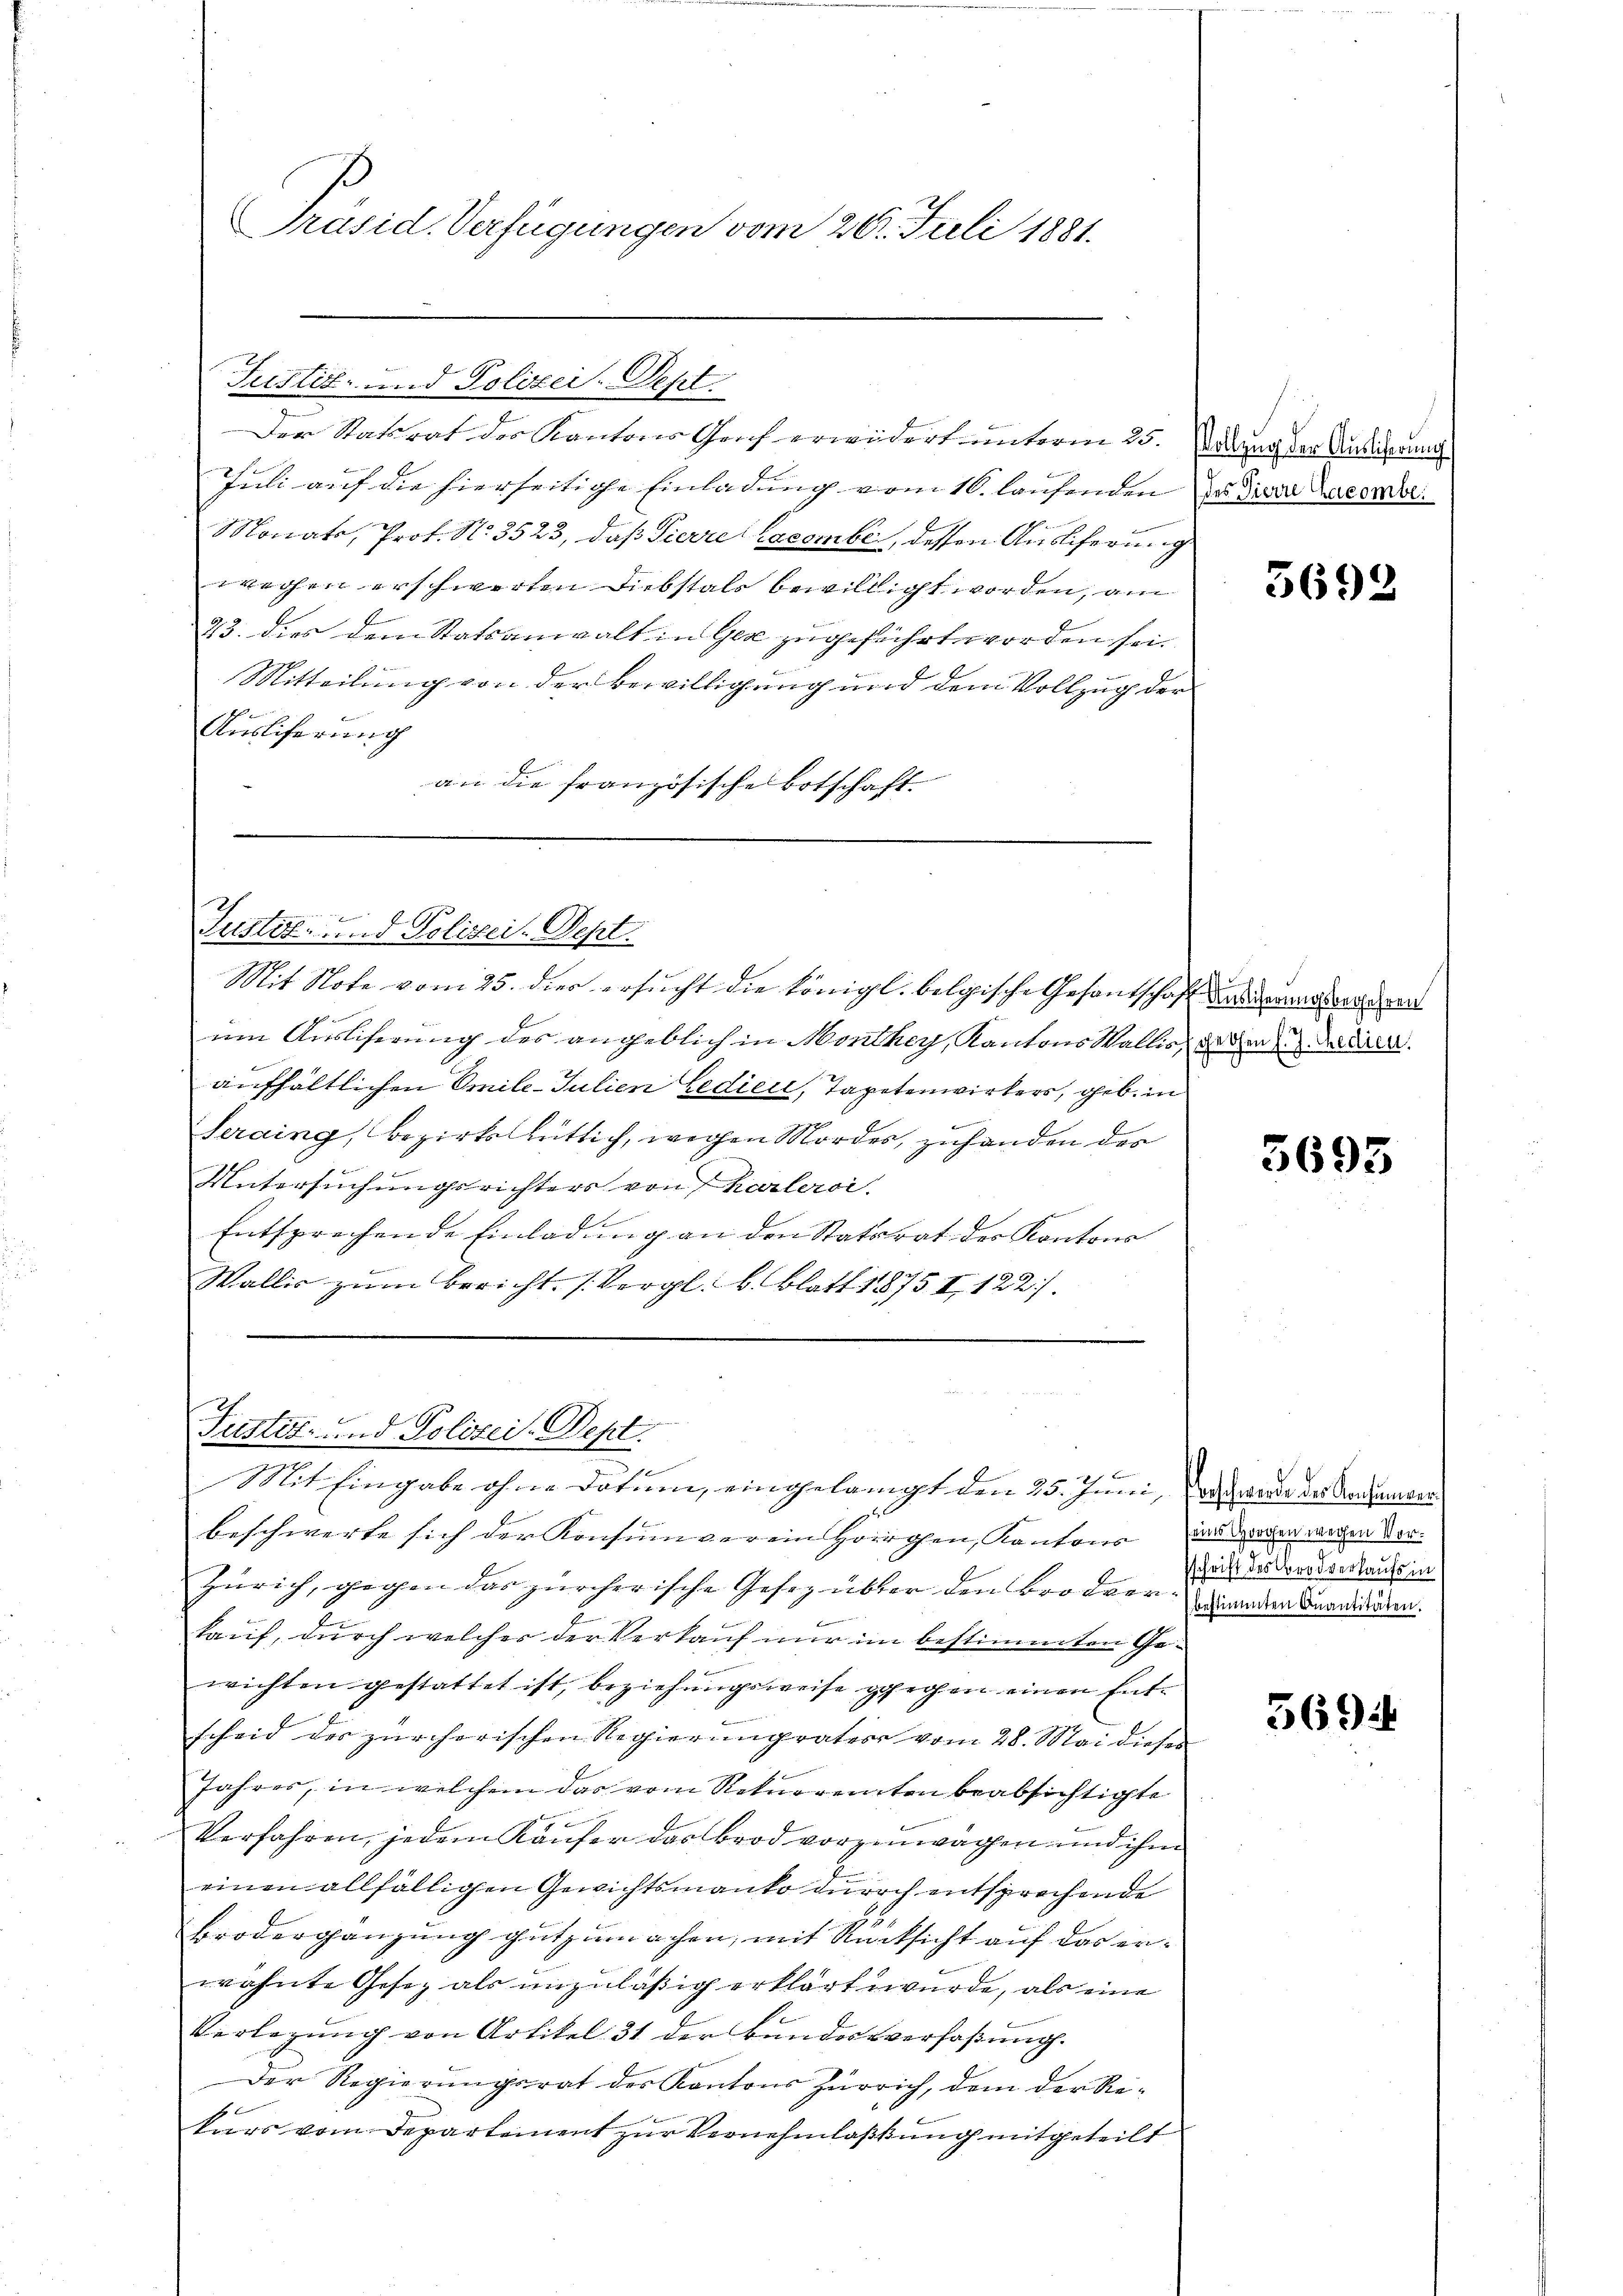
Präsid. Verfügungen vom 20. Juli 1881.

Justiz- und Polizei. Sept.
Der Statsrat der Kantons Graf erwidert unterm 25. Waldung der Ansicherung
Juli auf die hierseitige Einladung vom 10. laufenden Dr Karl Leere
Monats, Prof. N. 3523, daß Pierre lacombe, dessen Auslicherung
weihen erschwerten Diebstals bewilligt worden, am
23. dies dem Statsanwalt in Ger zugeführt worden sei.
Mitteilung von der Bewilligung und dem Vollzug der
Auslicherung
an die französische Botschaft

2
e
Justiz- und Polizei-Sept.

Mit Note vom 25. dies ersucht die königl. belgische Gesantschaft werderung einen
um Ausliferung des angeblich in Monthey, Kantons Wallis, da ihm diren.
aufhältlichen Emile-Julien Gedici, Tapetenwirkers, geb. in
Seraing, bezirksbütlich, wegen Mordes, zuhanden des
Untersuchungsrichters von Karlerdi
Entsprechende Einladung an den Statsrat des Kontons
Wallis zum Bericht. (Vergl. b. Blatt 1875 I, 122).

Justiz- und Polizei-Dept.
n
Mit Eingabe ohne Dotum, eingelangt den 25. Juni, das werde der Madamer¬

beschwerte sich der Konsumverein Hörichen, Kantons, das Hagen wegen der¬
Zürich, gegen das zürcherische Gesez übter den Brode, indersendende in
kauf, durch welches der Verkauf nur im bestimmten Gewichten gestattet ist, beziehungsweise gehegen einen Entscheid des zürcherischen Regierungvätere vom 28. Mai dieses
Jahres, in welchem das vom Rekurrenten beabsichtigte
Verfahren, jedem Käufer das brod vorzuwagen und ihm
einen allfälligen Gewichtsmanko durch entsprechende
Brodergänzung gutzumachen, mit Rücksicht auf das erwähnte Gesez als unzulässig erklärt wurde, als eine
Verlegung von Artikel 31 der Bundesverfaßung.
Der Regierungsrat des Kantons Zürich, dem der Rekurs vom Departement zur Vernehmlassung mitgeteilt

3692

5693

bestimmten Quantitäten.

569 i